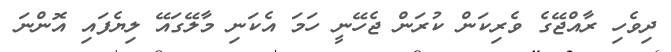
ދިވެހި ރާއްޖޭގެ ވެރިކަން ކުރަން ޖެހޭނީ ހަމަ އެކަނި މާލޭގައޭ ލިޔެފައި އޮންނަ